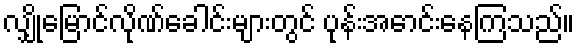
လျှိုမြောင်လိုဏ်ခေါင်းများတွင် ပုန်းအောင်းနေကြသည်။